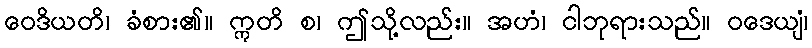
ဝေဒိယတိ၊ ခံစား၏။ ဣတိ စ၊ ဤသို့လည်း။ အဟံ၊ ငါဘုရားသည်။ ဝဒေယျံ၊